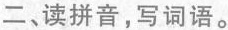
二、读拼音，写词语。